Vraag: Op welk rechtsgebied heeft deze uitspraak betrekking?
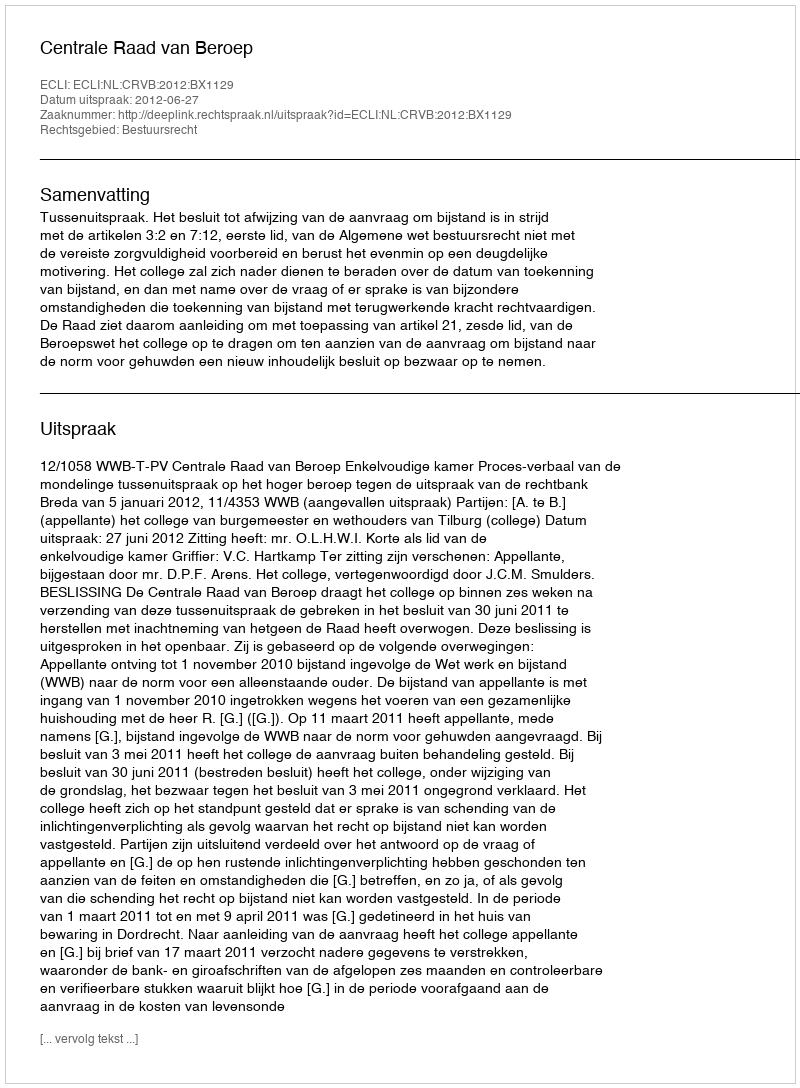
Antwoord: Bestuursrecht